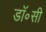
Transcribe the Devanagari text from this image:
डॉ॰सी